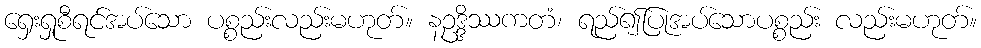
ရှေးရှုစီရင်အပ်သော ပစ္စည်းလည်းမဟုတ်။ နဥဒ္ဒိဿကတံ၊ ရည်၍ပြုအပ်သောပစ္စည်း လည်းမဟုတ်။